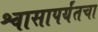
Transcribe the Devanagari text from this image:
श्वासापर्यंतचा